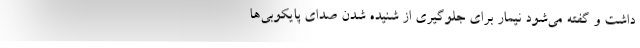
داشت و گفته می‌شود نیمار برای جلوگیری از شنیده شدن صدای پایکوبی‌ها